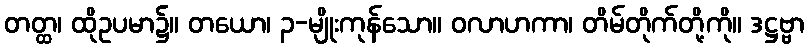
တတ္ထ၊ ထိုဥပမာ၌။ တယော၊ ၃-မျိုးကုန်သော။ ဝလာဟကာ၊ တိမ်တိုက်တို့ကို။ ဒဋ္ဌဗ္ဗာ